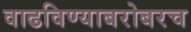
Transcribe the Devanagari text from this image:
वाढविण्याबरोबरच